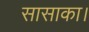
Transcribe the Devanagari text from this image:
सासाका।